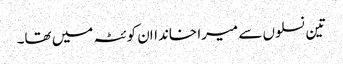
تین نسلوں سے میرا خانداان کوئٹہ میں تھا۔